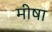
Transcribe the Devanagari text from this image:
मीषा